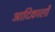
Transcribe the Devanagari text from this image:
आदिकालों